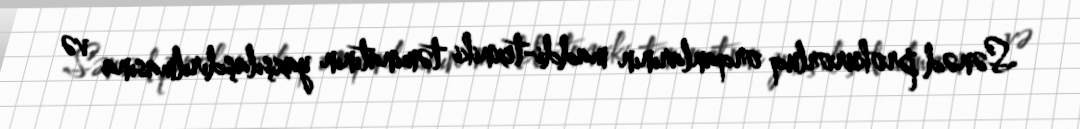
Sənəd prokurorluq orqanlarının maddi-texniki təminatının yaxşılaşdırılmasına və